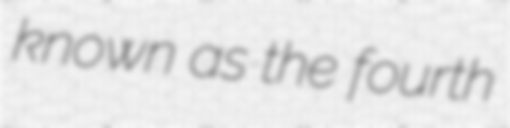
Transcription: known as the fourth